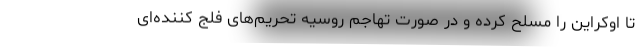
تا اوکراین را مسلح کرده و در صورت تهاجم روسیه تحریم‌های فلج کننده‌ای